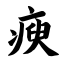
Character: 瘐